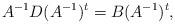
LaTeX: \begin{align*}A^{-1}D(A^{-1})^t=B(A^{-1})^t, \end{align*}